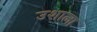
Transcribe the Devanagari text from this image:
उशाला